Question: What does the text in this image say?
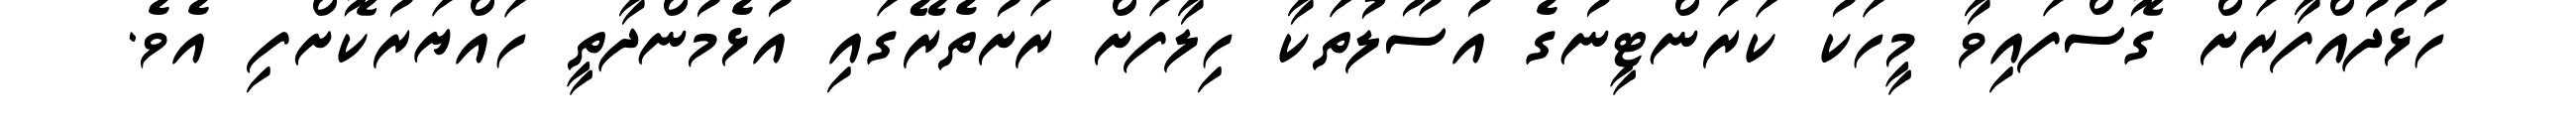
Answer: ހުޅުދުއްފާރަށް ގޮސްފައިވާ މީހަކު ކަރަންޓީނުގެ އުސޫލުތަކާ ހިލާފަށް ރަށުތެރޭގައި އުޅެމުންދާތީ ހައްޔަރުކޮށްފި އެވެ.